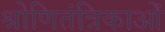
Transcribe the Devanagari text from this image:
श्रोणितंत्रिकाओं